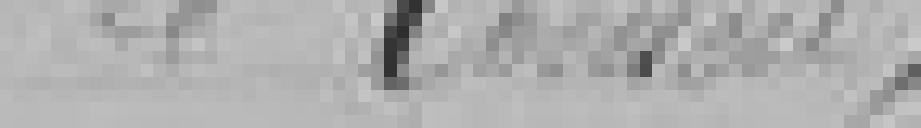
Le Conseil,